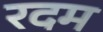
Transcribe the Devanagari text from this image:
रदम